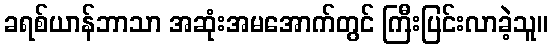
ခရစ်ယာန်ဘာသာ အဆုံးအမအောက်တွင် ကြီးပြင်းလာခဲ့သူ။